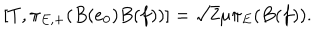
LaTeX: [ T , \pi _ { E , + } ( B ( e _ { 0 } ) B ( f ) ) ] = \sqrt { 2 } \mu \pi _ { E } ( B ( f ) ) .